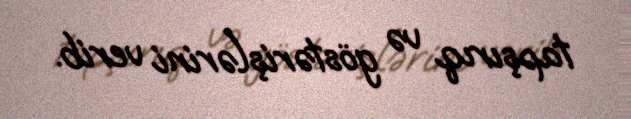
tapşırıq və göstərişlərini verib.